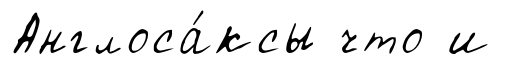
Англоса́ксы что и